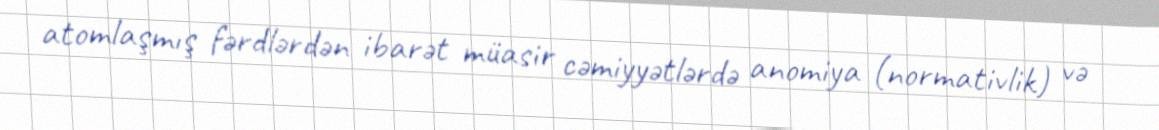
atomlaşmış fərdlərdən ibarət müasir cəmiyyətlərdə anomiya (normativlik) və